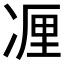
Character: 𰄃